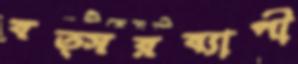
বত্সরব্যাপী